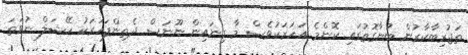
ތަޖުރިބާކާރުން ބުނާގޮތުގައި ކޮންމެ އަހަރަކުވެސް މާ ގިނައިން ނޫނަސް ދެތިންފަހަރަކު ހޭޝަލް ނުވަތަ